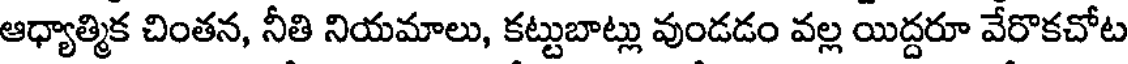
ఆధ్యాత్మిక చింతన, నీతి నియమాలు, కట్టుబాట్లు వుండడం వల్ల యిద్దరూ వేరొకచోట